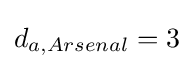
d_{a,Arsenal}=3